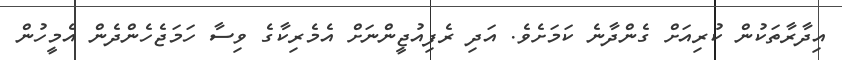
އިދާރާތަކުން ކުރިއަށް ގެންދާނެ ކަމަށެވެ. އަދި ރެފިއުޖީންނަށް އެމެރިކާގެ ވިސާ ހަމަޖެހެންދެން އެމީހުން